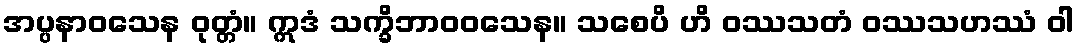
အပ္ပနာဝသေန ဝုတ္တံ။ ဣဒံ သက္ခိဘာဝဝသေန။ သစေပိ ဟိ ဝဿသတံ ဝဿသဟဿံ ဝါ